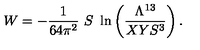
W = - { \frac { 1 } { 6 4 \pi ^ { 2 } } } \ S \ \ln \left( { \frac { \Lambda ^ { 1 3 } } { X Y S ^ { 3 } } } \right) .